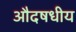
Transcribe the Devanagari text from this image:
औदषधीय